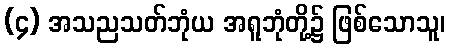
(၄) အသညသတ်ဘုံယ အရူဘုံတို့၌ ဖြစ်သောသူ၊